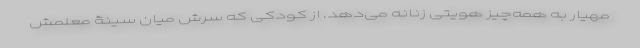
مهیار به همه‌چیز هویتی زنانه می‌دهد. از کودکی که سرش میان سینۀ معلمش